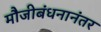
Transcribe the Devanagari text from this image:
मौजीबंधनानंतर